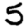
Digit: 5